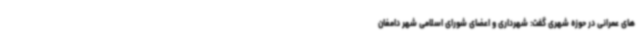
های عمرانی در حوزه شهری گفت: شهرداری و اعضای شورای اسلامی شهر دامغان